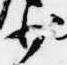
少